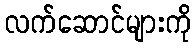
လက်ဆောင်များကို